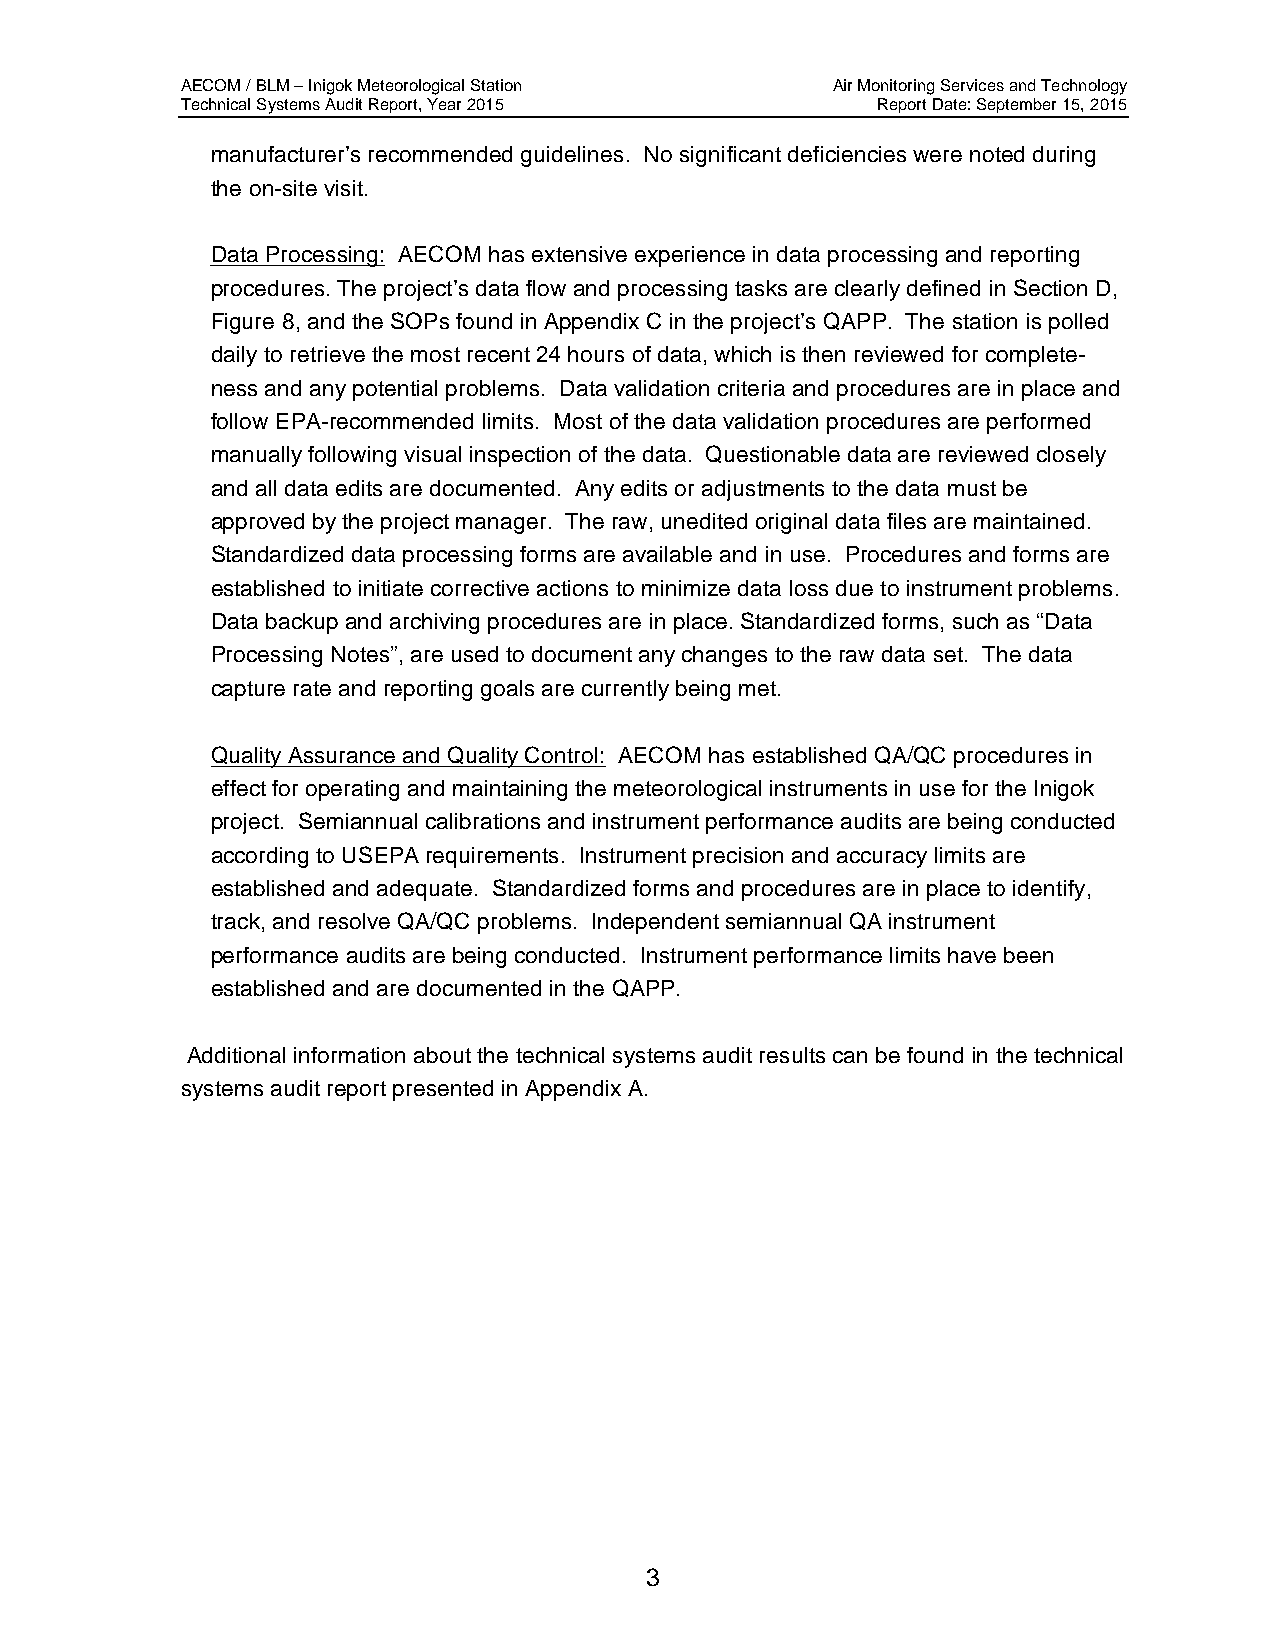
AECOM / BLM – Inigok Meteorological Station Air Monitoring Services and Technology
 Technical Systems Audit Report, Year 2015     Report Date: September 15, 2015
 manufacturer’s recommended guidelines. No significant deficiencies were noted during
 the on-site visit.
 Data Processing: AECOM has extensive experience in data processing and reporting
 procedures. The project’s data flow and processing tasks are clearly defined in Section D,
 Figure 8, and the SOPs found in Appendix C in the project’s QAPP. The station is polled
 daily to retrieve the most recent 24 hours of data, which is then reviewed for complete-
 ness and any potential problems. Data validation criteria and procedures are in place and
 follow EPA-recommended limits. Most of the data validation procedures are performed
 manually following visual inspection of the data. Questionable data are reviewed closely
 and all data edits are documented. Any edits or adjustments to the data must be
 approved by the project manager. The raw, unedited original data files are maintained.
 Standardized data processing forms are available and in use. Procedures and forms are
 established to initiate corrective actions to minimize data loss due to instrument problems.
 Data backup and archiving procedures are in place. Standardized forms, such as “Data
 Processing Notes”, are used to document any changes to the raw data set. The data
 capture rate and reporting goals are currently being met.
 Quality Assurance and Quality Control: AECOM has established QA/QC procedures in
 effect for operating and maintaining the meteorological instruments in use for the Inigok
 project. Semiannual calibrations and instrument performance audits are being conducted
 according to USEPA requirements. Instrument precision and accuracy limits are
 established and adequate. Standardized forms and procedures are in place to identify,
 track, and resolve QA/QC problems. Independent semiannual QA instrument
 performance audits are being conducted. Instrument performance limits have been
 established and are documented in the QAPP.
 Additional information about the technical systems audit results can be found in the technical
 systems audit report presented in Appendix A.
 3